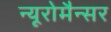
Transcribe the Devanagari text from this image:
न्यूरोमैन्सर